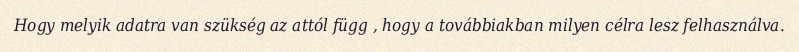
Hogy melyik adatra van szükség az attól függ , hogy a továbbiakban milyen célra lesz felhasználva.